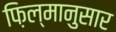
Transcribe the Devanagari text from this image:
फ़िल्मानुसार